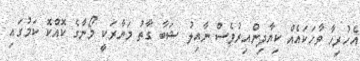
އެހުރިހާ ވާހަކައެއް ކިޔާދިންއިރުވެސް ނާއިލު ޝަބާ ގާތު މަނާރަކީ މޯނާގެ ކޮއްކޮ ކަމުގައި